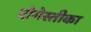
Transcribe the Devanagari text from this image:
दोमेस्तीका